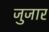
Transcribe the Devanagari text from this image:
जुजार